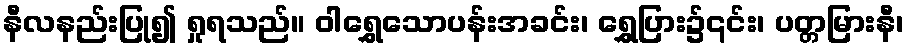
နီလနည်းပြု၍ ရှုရသည်။ ဝါရွှေသောပန်းအခင်း၊ ရွှေပြား၌၎င်း၊ ပတ္တမြားနီ၊